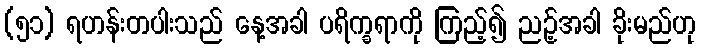
(၅၁) ရဟန်းတပါးသည် နေ့အခါ ပရိက္ခရာကို ကြည့်၍ ညဉ့်အခါ ခိုးမည်ဟု